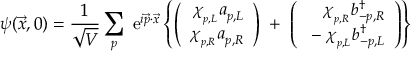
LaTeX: \psi ( \vec { x } , 0 ) = \frac { 1 } { \sqrt { V } } \sum _ { p } \; \mathrm { e } ^ { i \vec { p } \cdot \vec { x } } \left\{ \left( \begin{array} { r } { { \chi _ { _ { p , L } } a _ { p , L } ^ { } } } \\ { { \chi _ { _ { p , R } } a _ { p , R } ^ { } } } \end{array} \right) \; + \; \left( \begin{array} { r } { { \chi _ { _ { p , R } } b _ { - p , R } ^ { \dagger } } } \\ { { \; - \; \chi _ { _ { p , L } } b _ { - p , L } ^ { \dagger } } } \end{array} \right) \right\}